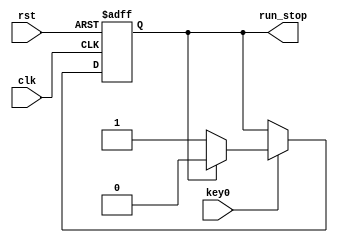
module state(
	clk,
	rst,
	key0,
	run_stop
);
input clk;
input rst;
input key0;
output run_stop;

reg run_stop=1'b0;

always@(posedge clk or negedge rst)
begin
	if(!rst)
		run_stop<=1'b0;
	else
	begin
	if(key0)
		if(run_stop)
			run_stop<=0;
		else
			run_stop<=1;
	else
		run_stop<=run_stop;
	end
end
endmodule